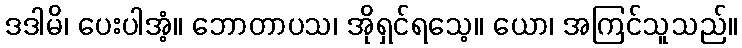
ဒဒါမိ၊ ပေးပါအံ့။ ဘောတာပသ၊ အိုရှင်ရသေ့။ ယော၊ အကြင်သူသည်။